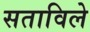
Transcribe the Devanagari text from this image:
सताविले